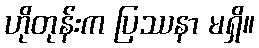
ဟိုတုန်းက ပြဿနာ မရှိ။